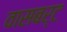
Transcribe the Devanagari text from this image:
वासबर्ट